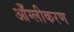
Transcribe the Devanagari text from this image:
आँग्लीकरण